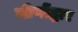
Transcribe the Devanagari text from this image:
जीणोंद्धार